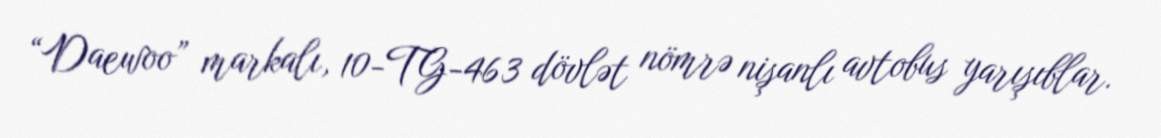
“Daewoo” markalı, 10-TG-463 dövlət nömrə nişanlı avtobus yarışıblar.